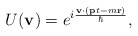
\begin{align*}U({\bf v})=e^{i\frac{{\bf v}\cdot ({\bf p}t-m{\bf r})}{\hbar}},\end{align*}